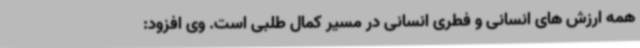
همه ارزش های انسانی و فطری انسانی در مسیر کمال طلبی است. وی افزود: